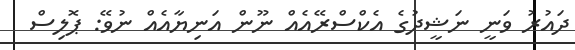
ދައުރު ވަނީ ނަޝީދުގެ އެކްސްރޭއެއް ނޫން އަނިޔާއެއް ނުވޭ: ޕޮލިސް